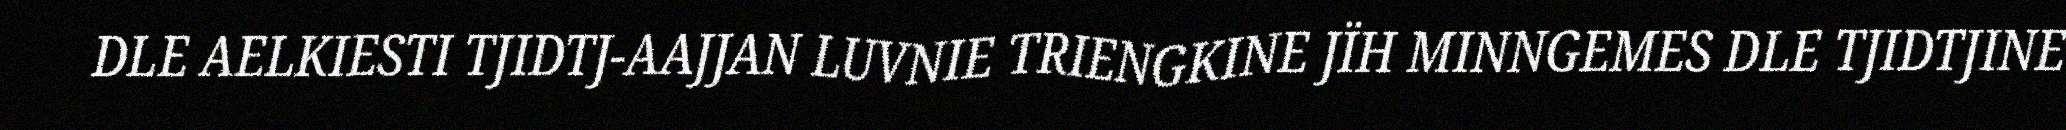
DLE AELKIESTI TJIDTJ-AAJJAN LUVNIE TRIENGKINE JÏH MINNGEMES DLE TJIDTJINE